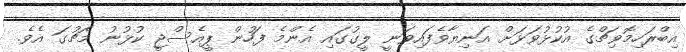
އިބްރަހިމޮވިޗްގެ އުކުޅުވަޅަށް އަނިޔާވެފައިވަނީ ލީގުގައި އެންމެ ފަހުން ޕީއެސްޖީ ކުޅުނު މެޗުގަ އެެވެ.